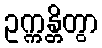
ဥက္ကန္တိတွာ